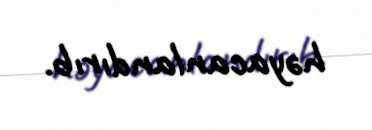
həyacanlandırıb.